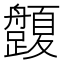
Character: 𱽅